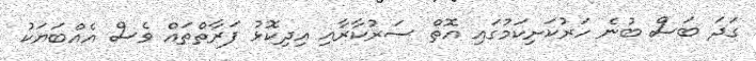
ގަދަ ބަސް ބުނެ ހަރުކަށިކަމުގައި އޮތް ސަރުކާރާއި އިދިކޮޅު ފަރާތްތައް ވެސް އެއްބަޔަކު